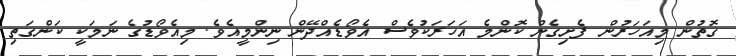
ގޮތުން މިއަހަރުން ފެށިގެން ކޮންމެ އަހަރަކުވެސް އެވޯޑެއްދޭން ނިންމީއެވެ. މިއެވޯޑުގެ ނަމަކީ ކަންގަތި